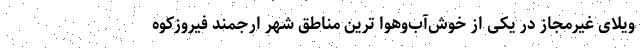
ویلای غیرمجاز در یکی از خوش‌‌آب‌وهوا ترین‌ مناطق شهر ارجمند فیروزکوه